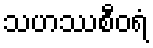
သဟဿစီဝရံ